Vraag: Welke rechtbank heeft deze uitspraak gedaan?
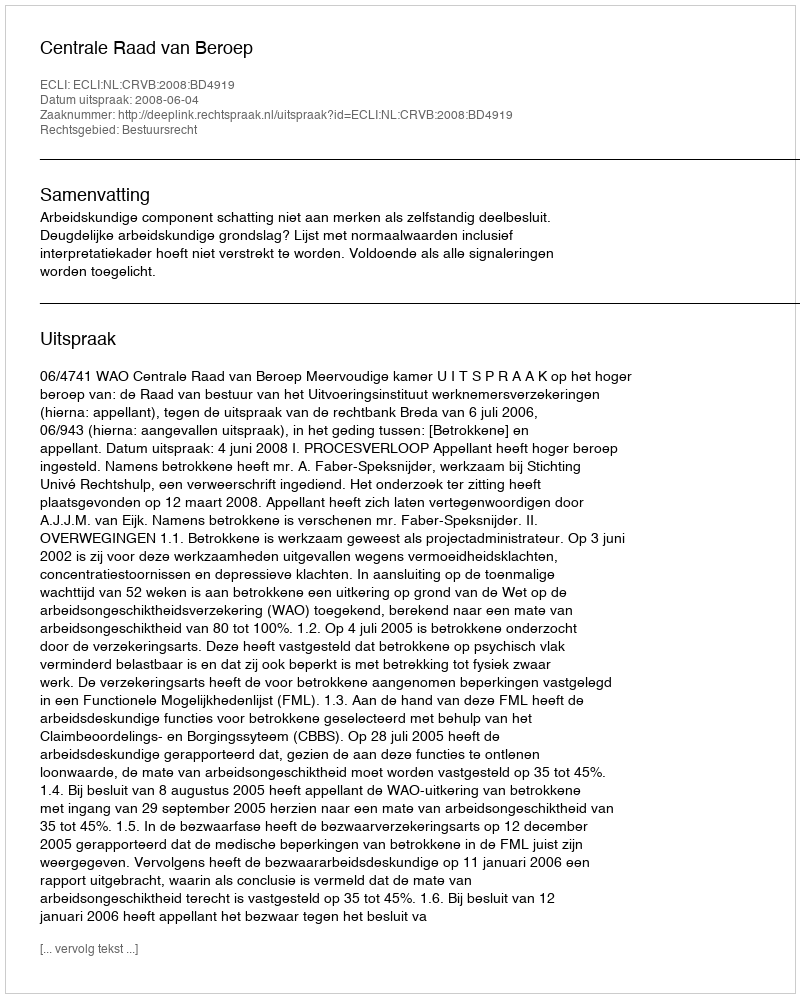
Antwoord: Centrale Raad van Beroep